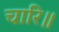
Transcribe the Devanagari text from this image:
चारि॥